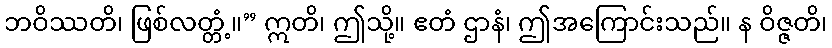
ဘဝိဿတိ၊ ဖြစ်လတ္တံ့။” ဣတိ၊ ဤသို့။ ဧတံ ဌာနံ၊ ဤအကြောင်းသည်။ န ဝိဇ္ဇတိ၊